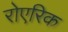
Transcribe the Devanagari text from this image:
रोएरिक